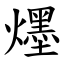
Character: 爅